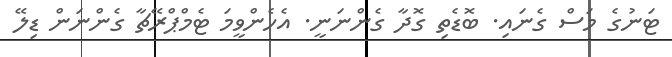
ޓަނުގެ މަސް ގެނައި. ބޮޑެތި ގޮދާ ގެންނަނީ. އެހެންވީމަ ޓެމްޕްރޭޗާ ގެންނަން ޑިލޭ